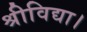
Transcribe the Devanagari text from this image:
श्रीविद्या।